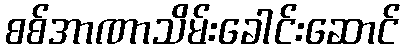
စစ်အာဏာသိမ်းခေါင်းဆောင်